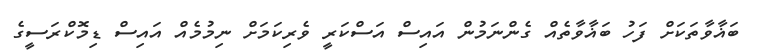
ބަޣާވާތަކަށް ފަހު ބަޣާވާތެއް ގެންނަމުން އައިސް އަސްކަރީ ވެރިކަމަށް ނިމުމެއް އައިސް ޑިމޮކްރަސީގެ